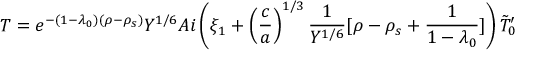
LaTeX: T = e ^ { - ( 1 - \lambda _ { 0 } ) ( \rho - \rho _ { s } ) } Y ^ { 1 / 6 } A i \left( \xi _ { 1 } + \left( { \frac { c } { a } } \right) ^ { 1 / 3 } { \frac { 1 } { Y ^ { 1 / 6 } } } [ \rho - \rho _ { s } + { \frac { 1 } { 1 - \lambda _ { 0 } } } ] \right) \tilde { T } _ { 0 } ^ { \prime }